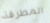
المطرقة